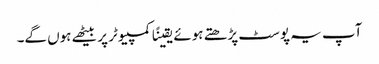
آپ یہ پوسٹ پڑھتے ہوئے یقینًا کمپیوٹر پر بیٹھے ہوں گے۔